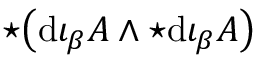
\star \! \left( \mathrm { d } \iota _ { \beta } A \wedge { \star \mathrm { d } \iota _ { \beta } A } \right)